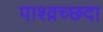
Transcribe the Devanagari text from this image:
पाश्व्रच्छदा